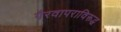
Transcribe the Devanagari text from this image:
गैरवापराविरूद्ध